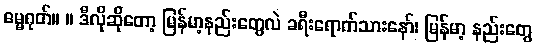
ဓမ္မဂုတ်။ ။ ဒီလိုဆိုတော့ မြန်မာ့နည်းတွေလဲ ခရီးရောက်သားနော်၊ မြန်မာ့ နည်းတွေ